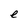
Character: e